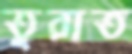
তুরাত